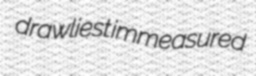
drawliest immeasured